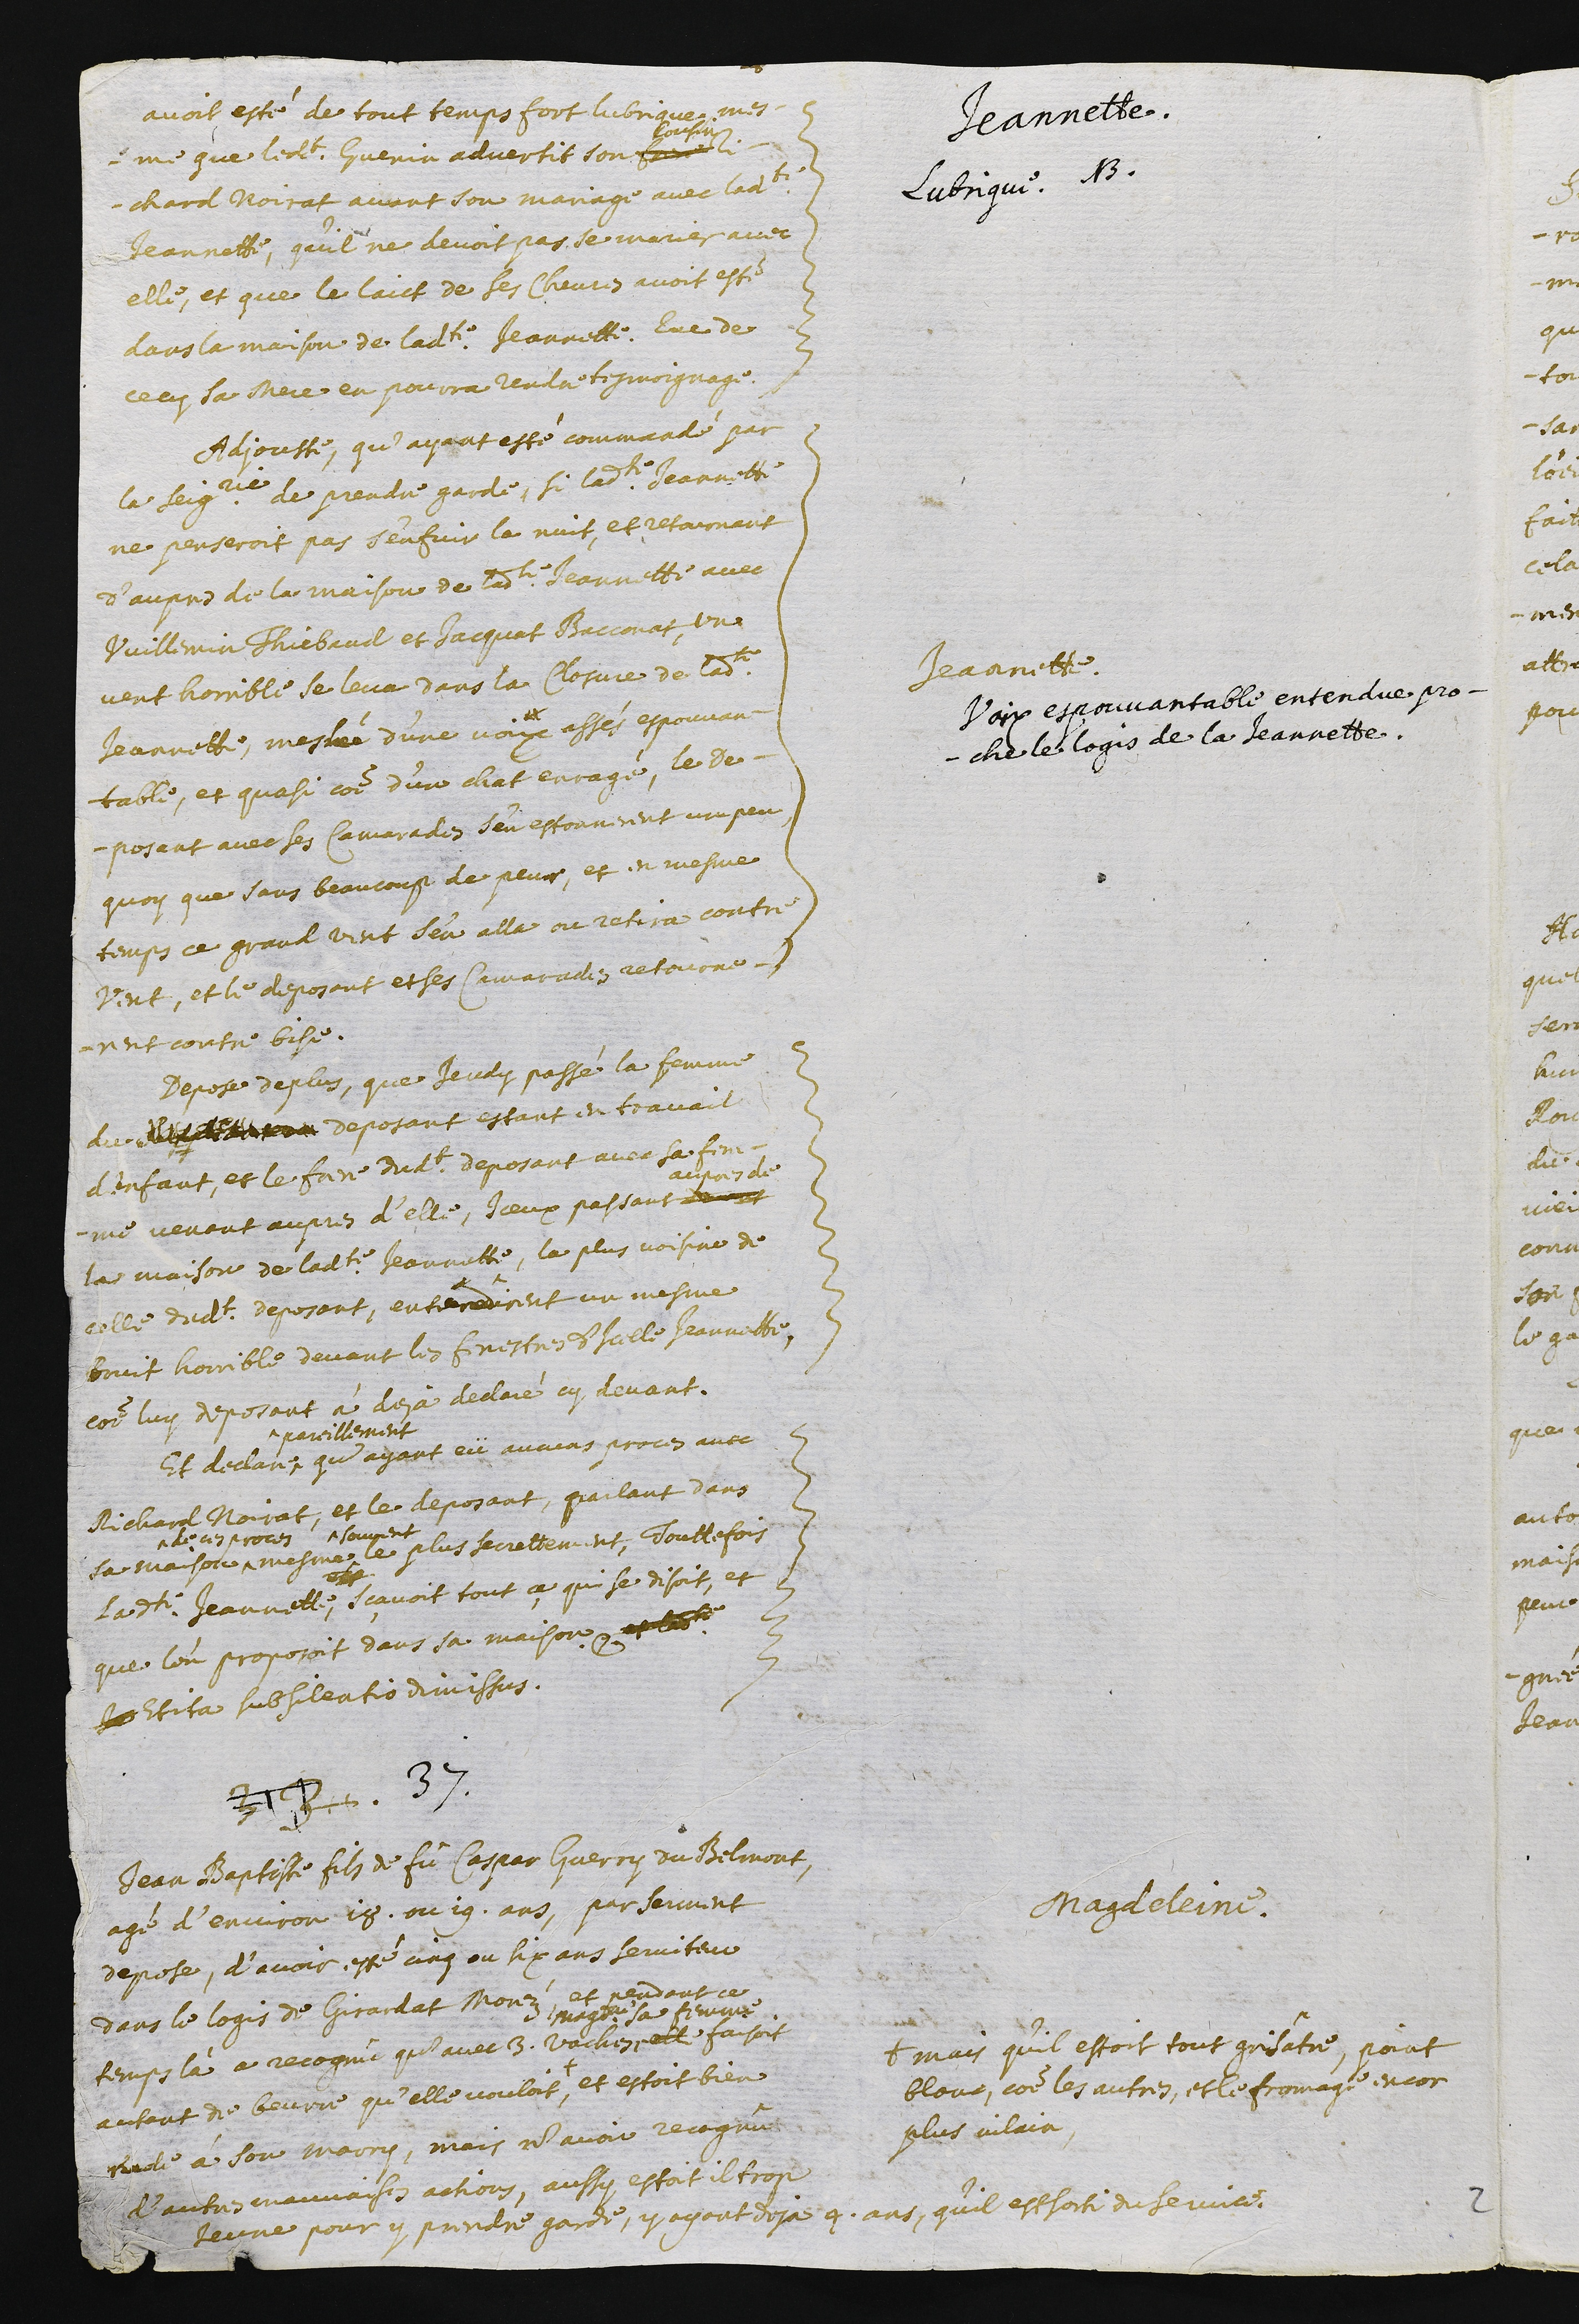
Jeannette.
Lubrique. NB.
avoit esté de tout temps fort lubrique, mes-
me que ledit Guenin advertit son frere
cousin
Ri-
chard Noirat avant son mariage avec ladite
Jeannette, qu’il ne devoit pas se marier avec
elle, et que le laict de ses chevres avoit esté
dans la maison de ladite Jeannette. Que de
cecy, sa mere en pourra rendre tesmoignage.
Jeannette.
Voix espouvantable entendue pro-
che le logis de la Jeannette.
Adjouste, qu’ayant esté commandé par
la seigneurie de prendre garde, si ladite Jeannette
ne penseroit pas s’enfuir la nuit, et retournant
d’aupres de la maison de ladite Jeannette avec
Vuillemin Thiebaud et Jacquat Bacconat, un
vent horrible se leva dans la closure de ladite
Jeannette, meslée d’une voix assés espouvan-
table, et quasi comme d’un chat enragée. Le des-
posant, avec ses camarades, s’en estonnerent un peu,
quoy que sans beaucoup de peur, et en mesme
temps ce grand vent s’en alla ou retira contre
vent, et le deposant et ses camarades retourne-
rent contre bise.
Depose de plus, que jeudy passé la femme
du ????????? deposant estant en travail
d’enfant, et le frere dudit deposant avec sa fem-
me venant aupres d’elle, iceux passant tantost
aupres de
la maison de ladite Jeannette, la plus voisine de
celle dudit deposant, entendirent un mesme
bruit horrible devant les fenestres d’icelle Jeannette,
comme luy deposant à deja declaré cy devant.
Et declare^
^pareillement
qu’ayant eü aucuns proces avec
Richard Noirat, et le deposant, parlant dans
sa maison^
^de ces proces
mesme^
^souvent
le plus secrettment. Touttefois
ladite Jeannette, sçavoit tout çe qui se disoit, et
que l’on proposoit dans sa maison et ladite
Je Et ita subsilentio dimissus.
33 . 37.
Magdeleine.
Jean Baptiste fils de fu Caspar Guerry du Belmont,
agé d’environ 18 ou 19 ans, par serment
depose, d’avoir esté cinq ou six ans serviteur
dans le logis de Girardat Morelz, et pendant ce
temps là a recognû qu’avec 3. vaches ^ elle
Magdeleine sa femme
faisoit
autant de beurre qu'elle vouloit, +
+ mais qu'il estoit tout grisâtre, point
bloue, comme les autres, et le fromage encor
plus vilain,
et estoit bien
rude à son marry, mais n’avoir recognû
d’autres mauvaises actions. Aussy, estoit il trop
jeune pour y prendre garde, y ayant deja 4. ans, qu’il est sorti du service.